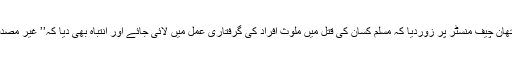
یہا ں اس بات کا تذکرہ ضروری ہے کہ 23سابق بیووکریٹس نے راجستھان چیف منسٹر پر زوردیا کہ مسلم کسان کی قتل میں ملوث افراد کی گرفتاری عمل میں لائی جائے اور انتباہ بھی دیا کہ’’ غیر مصدقہ گاؤ رکشکوں‘‘ کی وجہہ سے ریاست میں کشیدگی بڑھتی جارہی ہے۔